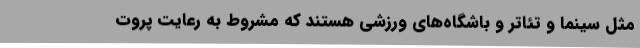
مثل سینما و تئاتر و باشگاه‌های ورزشی هستند که مشروط به رعایت پروت